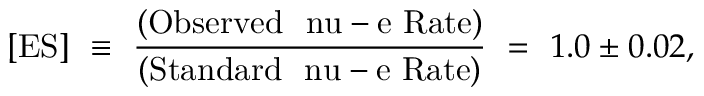
[ \mathrm { E S } ] ~ \equiv ~ \frac { \mathrm { ( O b s e r v e d ~ \ n u - e ~ R a t e ) } } { \mathrm { ( S t a n d a r d ~ \ n u - e ~ R a t e ) } } ~ = ~ 1 . 0 \pm 0 . 0 2 ,